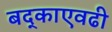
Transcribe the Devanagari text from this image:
बद्काएवढी